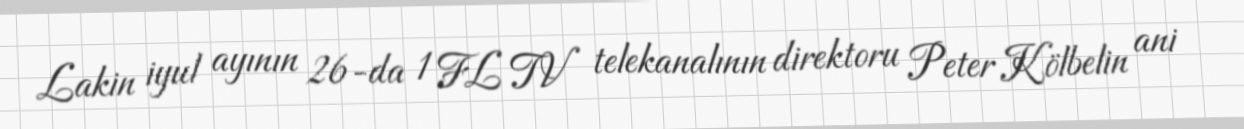
Lakin iyul ayının 26-da 1 FL TV telekanalının direktoru Peter Kölbelin ani